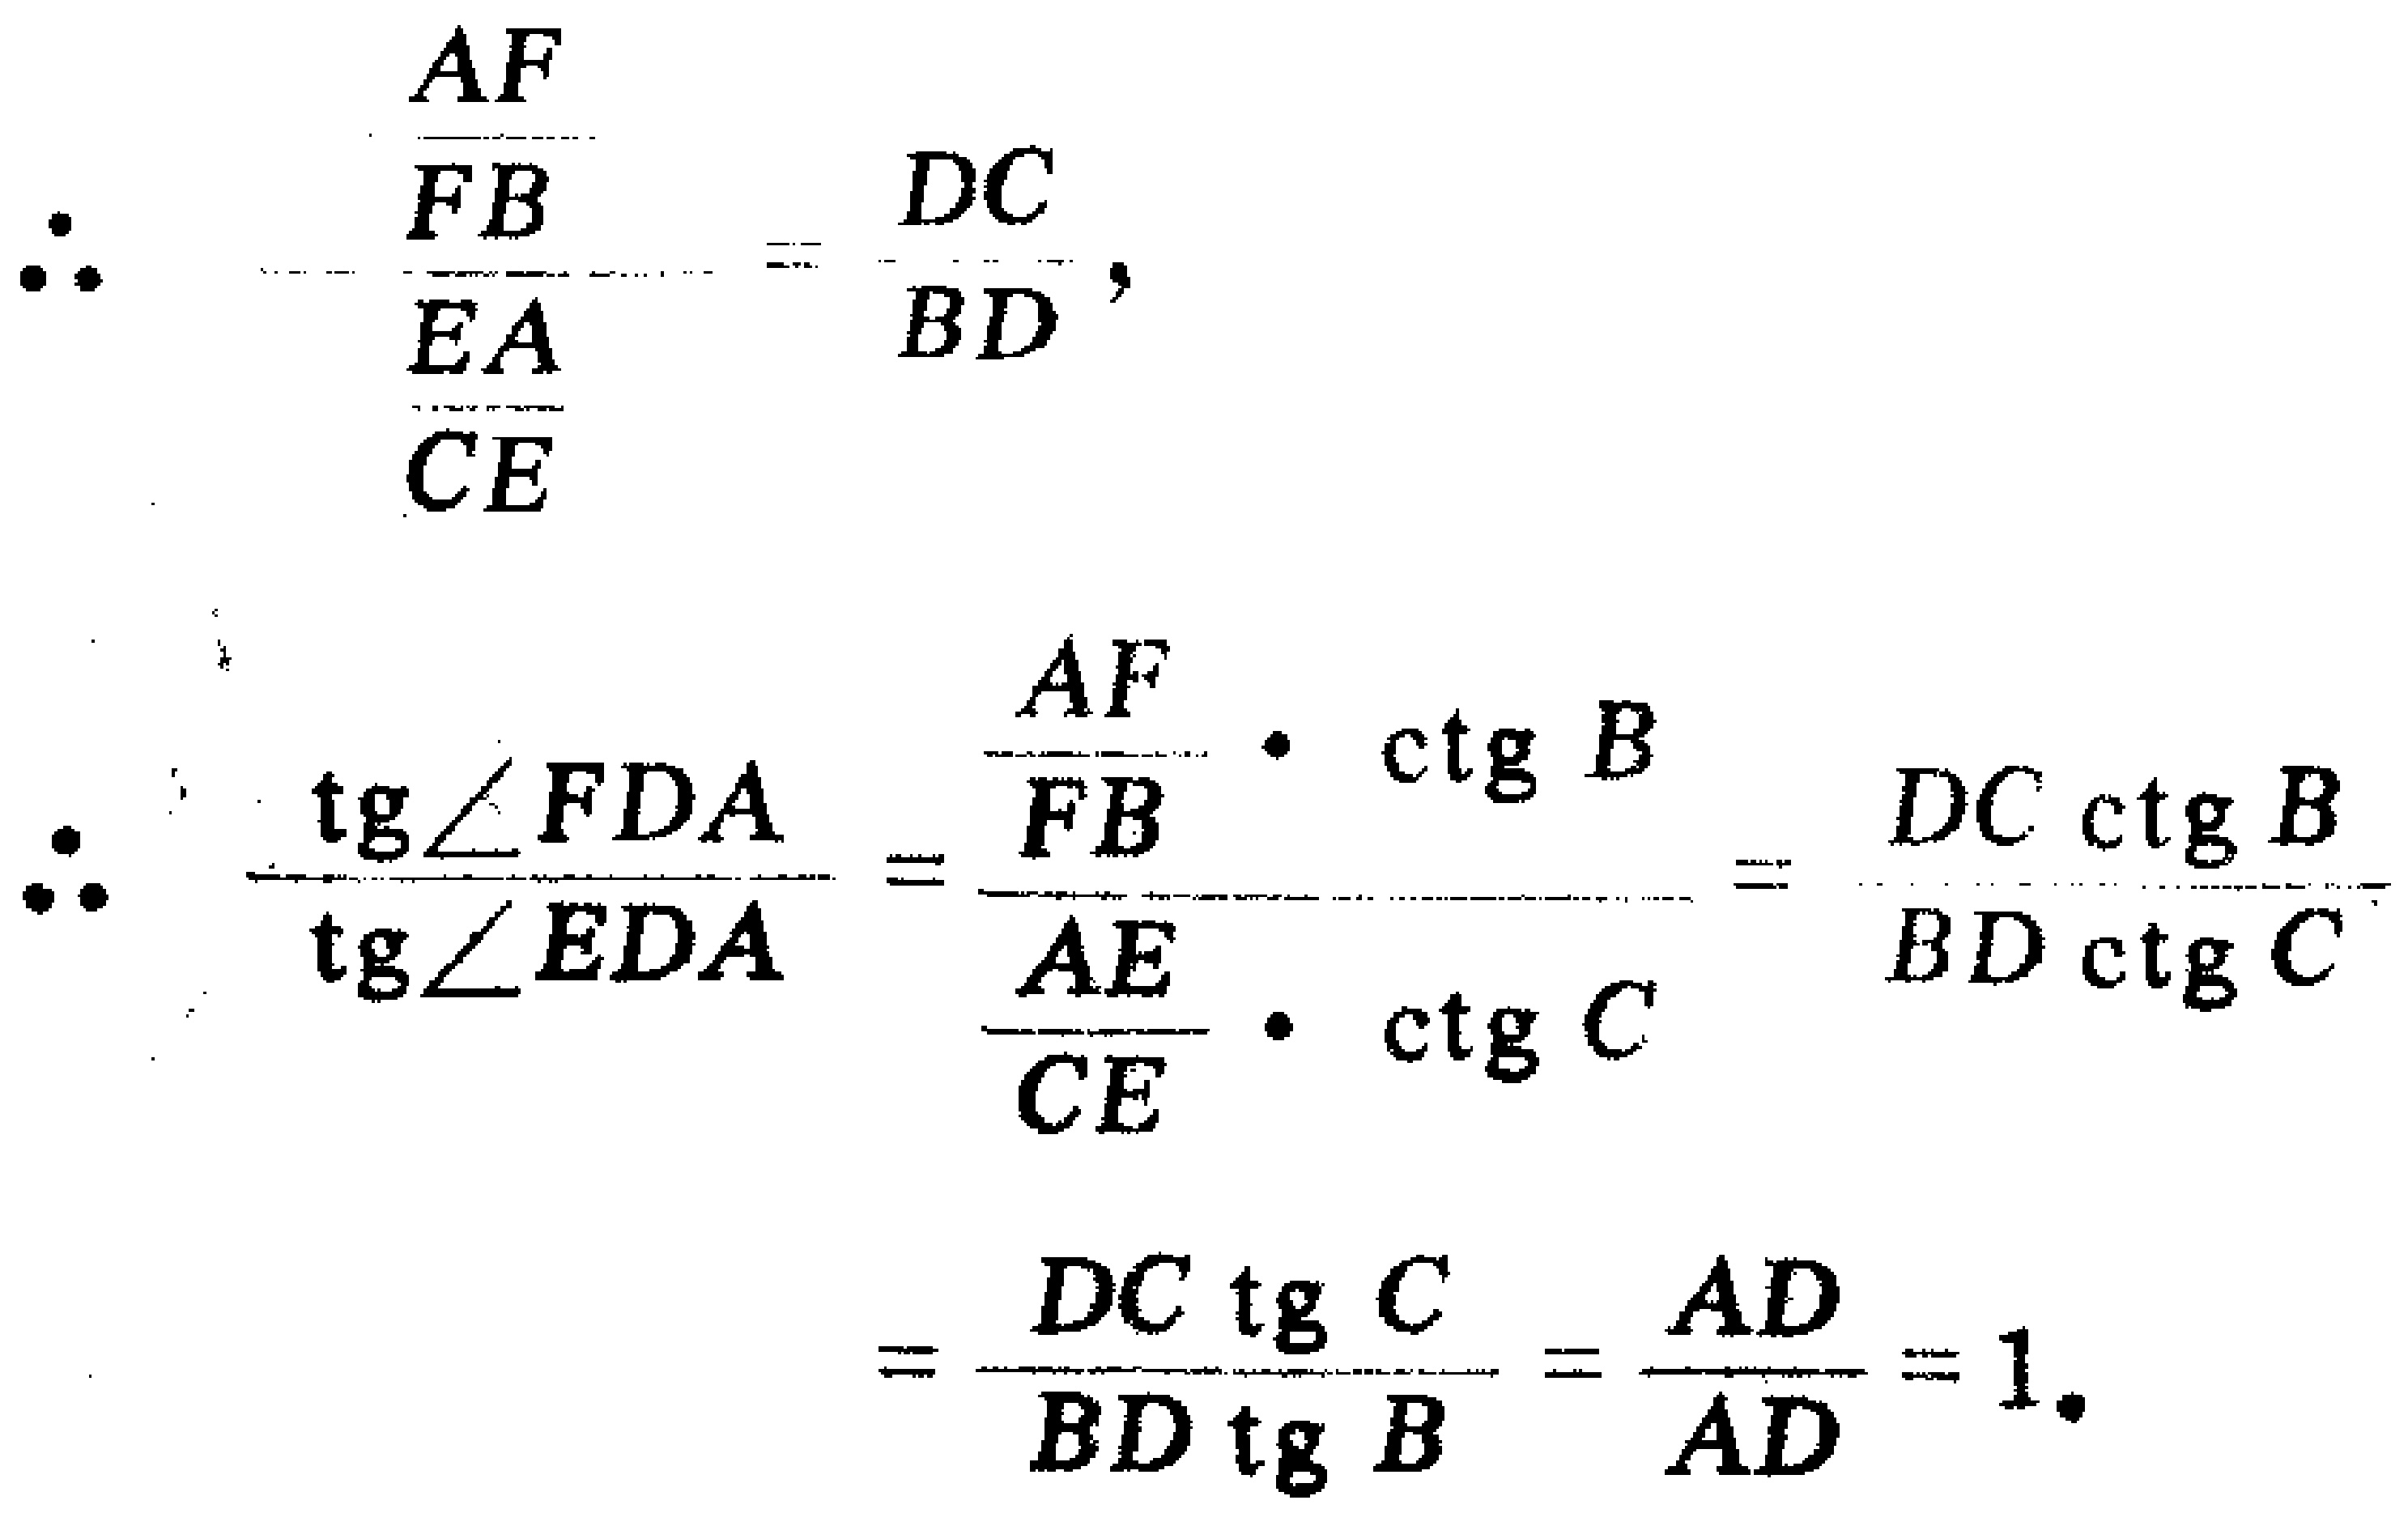
\[

\begin{align*}

\therefore \frac{\frac{AF}{FB}}{\frac{EA}{CE}}&=\frac{DC}{BD},\\

\therefore \frac{\mathrm{tg}\angle FDA}{\mathrm{tg}\angle EDA}&=\frac{\frac{AF}{FB}\cdot \mathrm{ctg}\, B}{\frac{AE}{CE}\cdot \mathrm{ctg}\, C}=\frac{DC\,\mathrm{ctg}\, B}{BD\,\mathrm{ctg}\, C}\\

&=\frac{DC\,\mathrm{tg}\, C}{BD\,\mathrm{tg}\, B}=\frac{AD}{AD}=1.

\end{align*}

\]